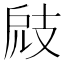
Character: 𢻄